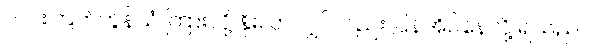
လင်းကြက်တွန်သံ ကြားလို့ နိုးလာလျှင်လည်း ပြန်အိပ်နေလို့ ရသည်။